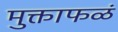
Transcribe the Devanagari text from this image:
मुक्ताफळं